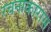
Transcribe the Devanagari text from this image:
रचनाकारास